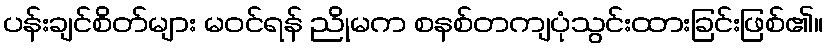
ပန်းချင်စိတ်များ မဝင်ရန် ညိုမက စနစ်တကျပုံသွင်းထားခြင်းဖြစ်၏။